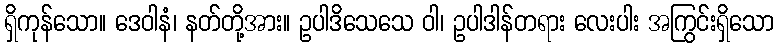
ရှိကုန်သော။ ဒေဝါနံ၊ နတ်တို့အား။ ဥပါဒိသေသေ ဝါ၊ ဥပါဒါန်တရား လေးပါး အကြွင်းရှိသော